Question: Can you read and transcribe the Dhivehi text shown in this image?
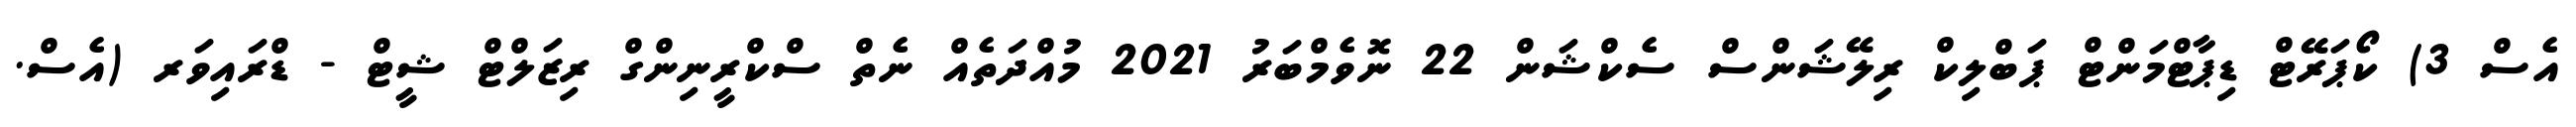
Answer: އެސް 3) ކޯޕަރޭޓް ޑިޕާޓްމަންޓް ޕަބްލިކް ރިލޭޝަންސް ސެކްޝަން 22 ނޮވެމްބަރު 2021 މުއްދަތެއް ނެތް ސްކްރީނިންގް ރިޒަލްޓް ޝީޓް - ޑްރައިވަރ (އެސް.